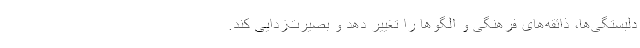
دلبستگی‌ها، ذائقه‌های فرهنگی و الگوها را تغییر دهد و بصیرت‌زدایی کند.